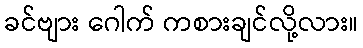
ခင်ဗျား ဂေါက် ကစားချင်လို့လား။